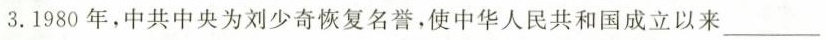
3.1980年，中共中央为刘少奇恢复名誉，使中华人民共和国成立以来___